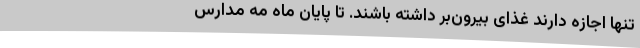
تنها اجازه دارند غذای بیرون‌بر داشته باشند. تا پایان ماه مه مدارس